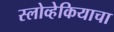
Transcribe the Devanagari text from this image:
स्लोव्हेकियाचा